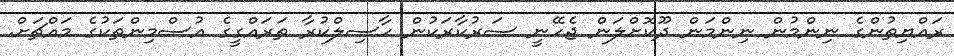
ރައްޔިތުންގެ ނިންމުން ނިންމަން ދޫކޮށްލަން ޖެހޭނީ ސަރުކާރަކުން ހާސިލްކުރާ ތަރައްގީގެ އުސްމިންތަކުގެ މައްޗަށް.